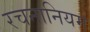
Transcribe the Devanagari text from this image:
रचनानियम